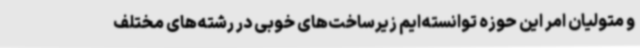
و متولیان امر این حوزه توانسته‌ایم زیرساخت‌های خوبی در رشته‌های مختلف